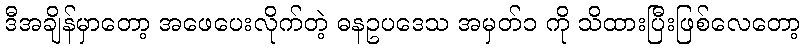
ဒီအချိန်မှာတော့ အဖေပေးလိုက်တဲ့ ဓနဥပဒေသ အမှတ်၁ ကို သိထားပြီးဖြစ်လေတော့